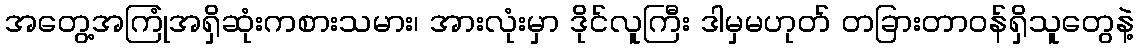
အတွေ့အကြုံအရှိဆုံးကစားသမား၊ အားလုံးမှာ ဒိုင်လူကြီး ဒါမှမဟုတ် တခြားတာဝန်ရှိသူတွေနဲ့